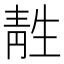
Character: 𫕹